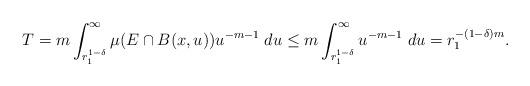
LaTeX: \begin{align*}T&=m\int_{r_1^{1-\delta}}^\infty \mu(E\cap B(x, u)) u^{-m-1} \; du\leq m\int_{r_1^{1-\delta}}^\infty u^{-m-1} \; du=r_1^{-(1-\delta)m}.\end{align*}